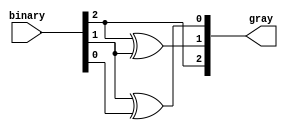
module binary_to_gray_encoder (
    input  [2:0] binary,   // 3-bit binary input
    output [2:0] gray      // 3-bit Gray code output
);
    
    // Assign Gray code outputs based on the relationships defined
    assign gray[2] = binary[2];          // G2 = B2
    assign gray[1] = binary[2] ^ binary[1]; // G1 = B2 XOR B1
    assign gray[0] = binary[1] ^ binary[0]; // G0 = B1 XOR B0

endmodule